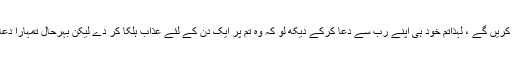
فرشتے جواب دیں گے :ہم کافروں کے حق میں دعا نہیں کریں گے ، لہٰذاتم خود ہی اپنے رب سے دعا کرکے دیکھ لو کہ وہ تم پر ایک دن کے لئے عذاب ہلکا کر دے لیکن بہرحال تمہارا دعا کرنا بھی بیکار ہی جائے گا کیونکہ وہ قبول نہیں ہو گی۔